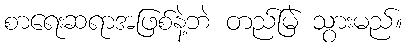
စာရေးဆရာအဖြစ်နဲ့ဘဲ တည်မြဲ သွားမည်။